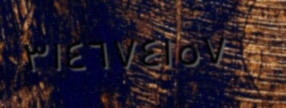
٣١٤٦٧٤١٥٧